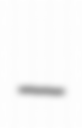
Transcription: –